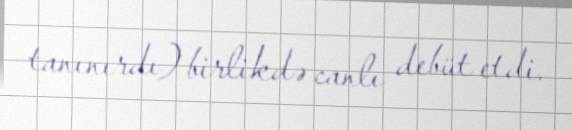
tanınırdı) birlikdə canlı debüt etdi.